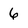
Character: 6